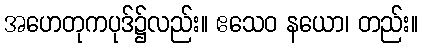
အဟေတုကပုဒ်၌လည်း။ ဧသေဝ နယော၊ တည်း။